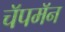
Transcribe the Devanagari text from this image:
चॅपमॅन